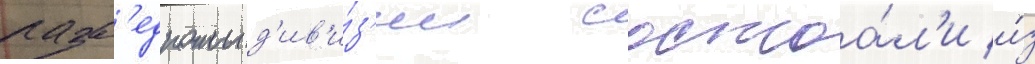
разв'едроты д'ив'и́з'ии состоа́л'и и́з